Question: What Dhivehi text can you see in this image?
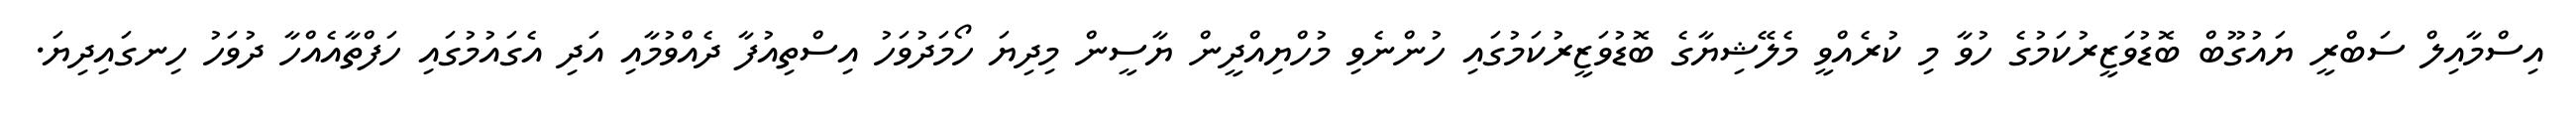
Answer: އިސްމާއިލް ސަބްރީ ޔައުގޫބް ބޮޑުވަޒީރުކަމުގެ ހުވާ މި ކުރެއްވީ މެލޭޝިޔާގެ ބޮޑުވަޒީރުކަމުގައި ހުންނެވި މުހްޔިއްދީން ޔާސީން މިދިޔަ ހޯމަދުވަހު އިސްތިއުފާ ދެއްވުމާއި އަދި އެގައުމުގައި ހަފްތާއެއްހާ ދުވަހު ހިނގައިދިޔަ.